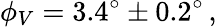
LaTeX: \phi_{V}=3.4^{\circ}\pm 0.2^{\circ}\, ,